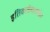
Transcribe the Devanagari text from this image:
इतिकर्तव्यतात्वेन